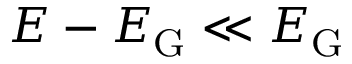
E - E _ { \mathrm { G } } \ll E _ { \mathrm { G } }